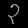
Digit: ၃